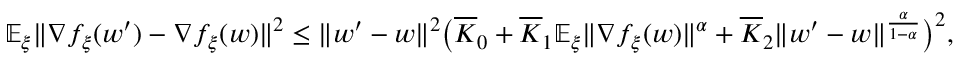
\begin{array} { r l } & { \mathbb { E } _ { \xi } \| \nabla f _ { \xi } ( w ^ { \prime } ) - \nabla f _ { \xi } ( w ) \| ^ { 2 } \le \| w ^ { \prime } - w \| ^ { 2 } \big ( \overline { { K } } _ { 0 } + \overline { { K } } _ { 1 } \mathbb { E } _ { \xi } \| \nabla f _ { \xi } ( w ) \| ^ { \alpha } + \overline { { K } } _ { 2 } \| w ^ { \prime } - w \| ^ { \frac { \alpha } { 1 - \alpha } } \big ) ^ { 2 } , } \end{array}